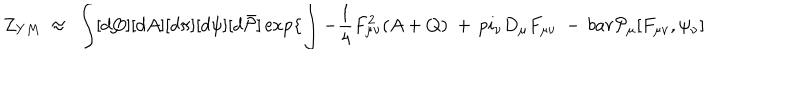
LaTeX: Z _ { Y M } ~ \approx ~ \int [ d Q ] [ d A ] [ d \pi ] [ d \psi ] [ d \bar { \cal P } ] \exp \{ \int - \frac { 1 } { 4 } F _ { \mu \nu } ^ { 2 } ( A + Q ) \ + \, p i _ { \nu } D _ { \mu } F _ { \mu \nu } \ - \, b a r { \cal P } _ { \mu } [ F _ { \mu \nu } , \psi _ { \nu } ]